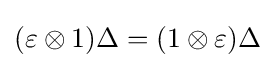
(\varepsilon \otimes 1)\Delta =(1\otimes \varepsilon )\Delta